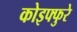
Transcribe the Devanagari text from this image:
कोइफ्फुरे